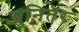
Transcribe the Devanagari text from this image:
अुनितॅर